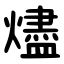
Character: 燼